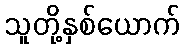
သူတို့နှစ်ယောက်